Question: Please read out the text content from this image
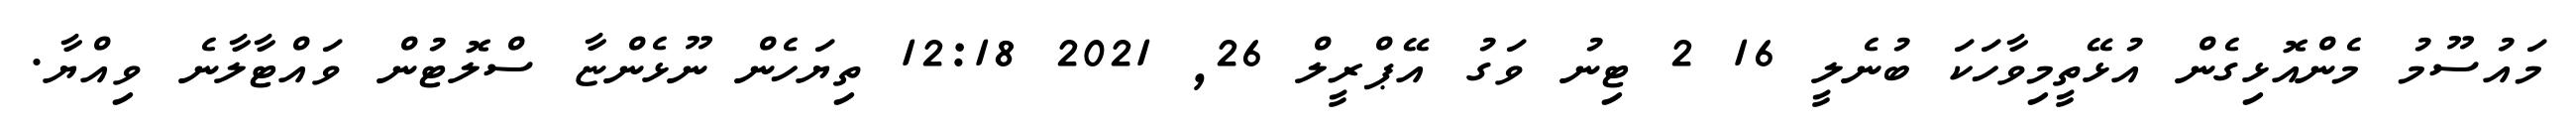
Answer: މައުސޫމު މެންއޮޅިގެން އުޅޭތީމިވާހަކަ ބުނެލީ 16 2 ޓިނު ވަގު އޭޕްރީލް 26, 2021 12:18 ތިޔަހެން ނޫޅެންޏާ ސްލޮޓުން ވައްޓާލާނެ ވިއްޔާ.